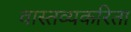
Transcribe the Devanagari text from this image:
वास्तव्यकरिता